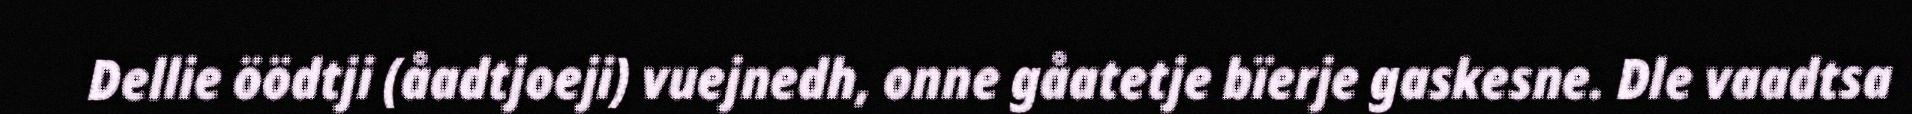
Dellie öödtji (åadtjoeji) vuejnedh, onne gåatetje bïerje gaskesne. Dle vaadtsa